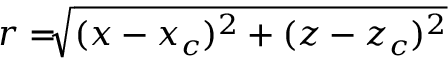
r = \sqrt [ ] { ( x - x _ { c } ) ^ { 2 } + ( z - z _ { c } ) ^ { 2 } }